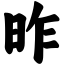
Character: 昨